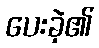
ပေးခဲ့၏